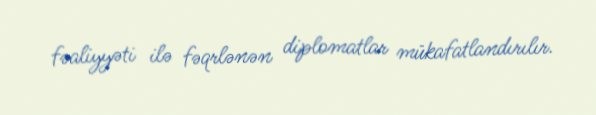
fəaliyyəti ilə fəqrlənən diplomatlar mükafatlandırılır.